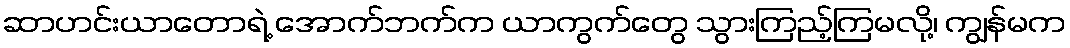
ဆာဟင်းယာတောရဲ့ အောက်ဘက်က ယာကွက်တွေ သွားကြည့်ကြမလို့၊ ကျွန်မက